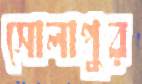
সোলাপুর